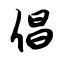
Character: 倡